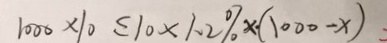
1 0 0 0 \times 1 0 \leq 1 0 \times 1 . 2 \% \times ( 1 0 0 0 - x )